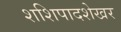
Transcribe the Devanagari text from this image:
शशिपादशेखर